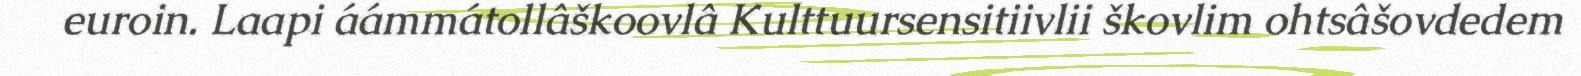
euroin. Laapi áámmátollâškoovlâ Kulttuursensitiivlii škovlim ohtsâšovdedem